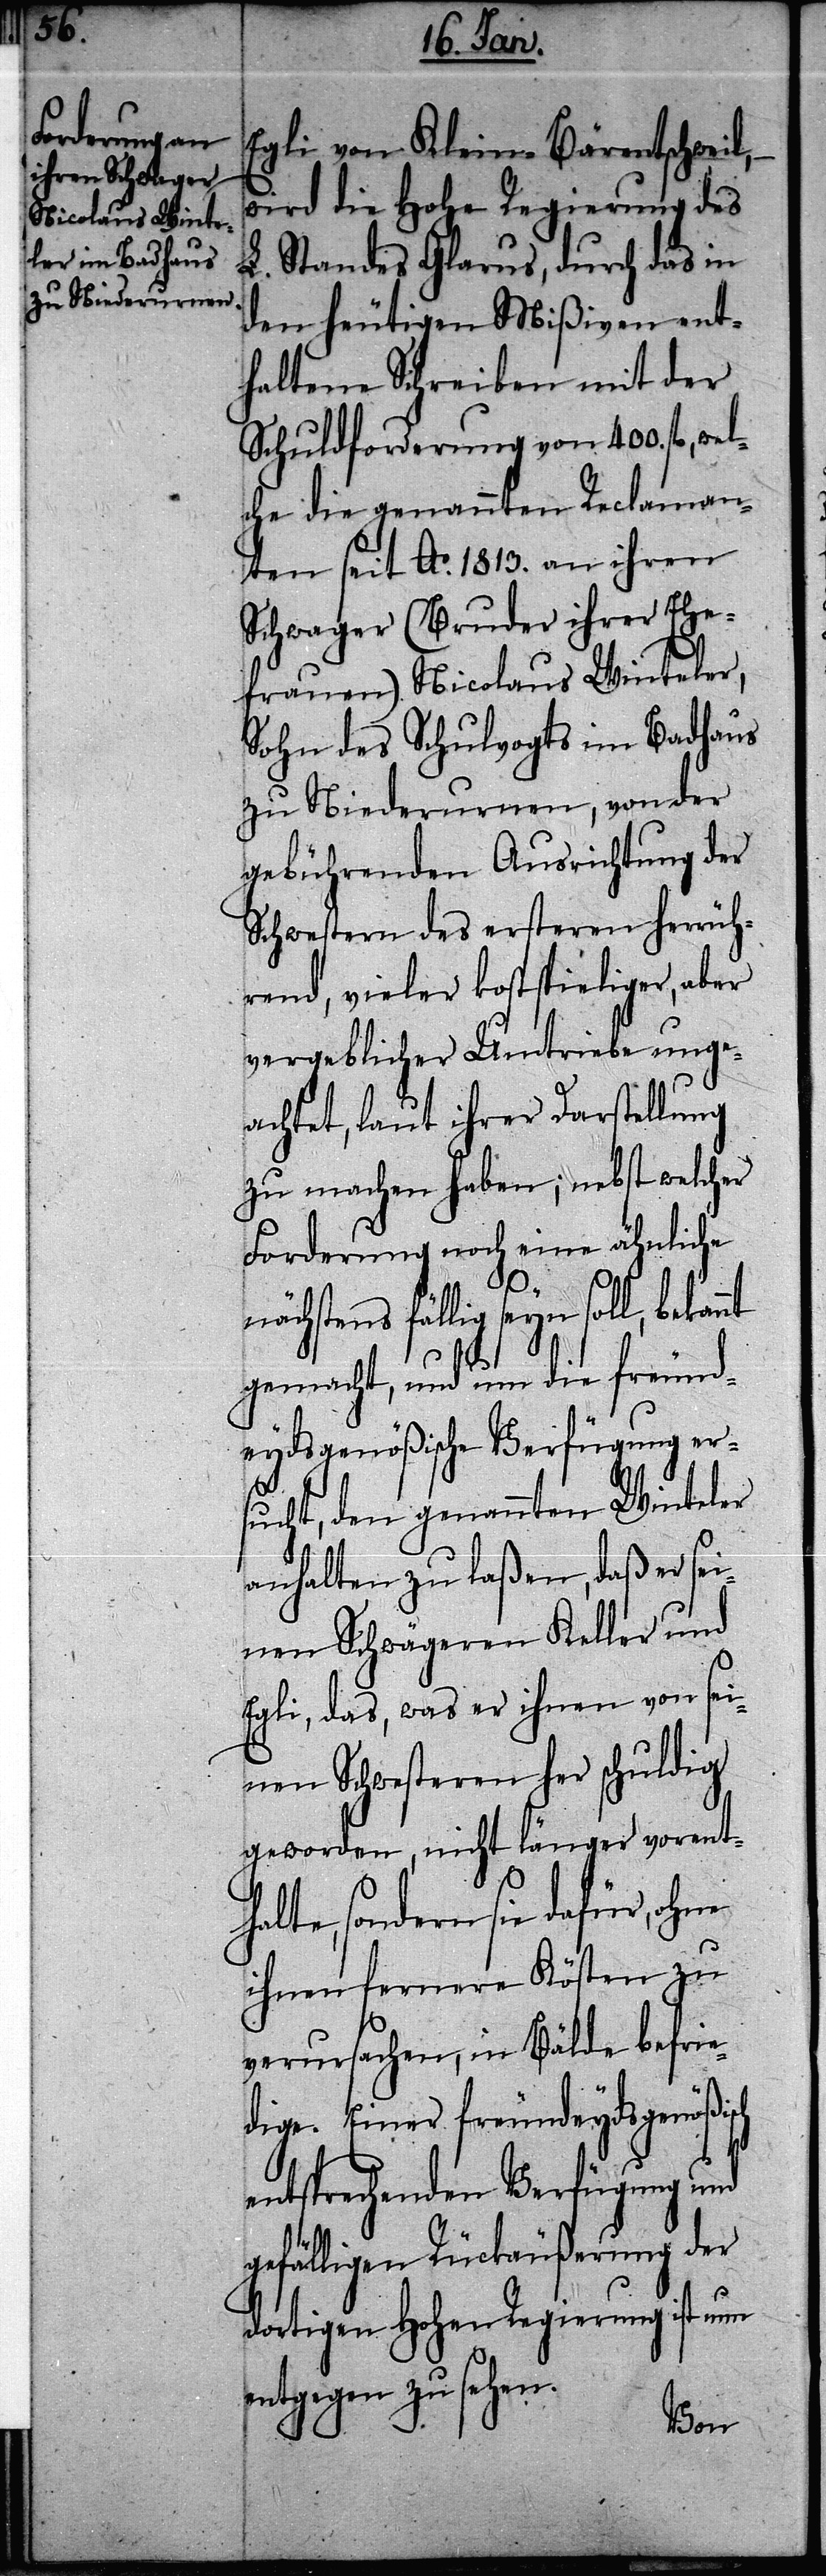
Egli von Klein-Bärentschweil,
wird die Hohe Regierung des
Standes Glarus, durch das in
den heutigen Mißiven ent¬
haltene Schreiben mit der
Schuldforderung von 400. fl.,
che die genannten Reclaman¬
ten seit Ao. 1813. an ihren
Schwager (Bruder ihrer Ehe¬
frauen) Nicolaus Winteler,
Sohn des Schulvogts im Badhaus
zu Niederurnen, von der
gebührenden Ausrichtung der
Schwestern des ersteren herrüh¬
rend, vieler kostspieliger, aber
vergeblicher Umtriebe unge¬
achtet, laut ihrer Darstellung
zu machen haben; nebst welcher
Forderung noch eine ähnliche
nächstens fällig seyn soll, bekan¬
gemacht, und um die freund¬
eydsgenößische Verfügung ers¬
ucht, den genannten Winteler
anhalten zu laßen, daß er sei¬
nen Schwägeren Keller und
Egli, das, was er ihnen von sei¬
nen Schwestern her schuldig
geworden, nicht länger vorentha¬
lte, sondern sie dafür, ohne
ihnen fernere Kösten zu
verursachen, in Bälde befrie¬
dige. Einer freundeydsgenößisch
entsprechenden Verfügung und
gefälligen Rückäußerung der
dortigen Hohen Regierung ist nun
entgegen zu sehen.
nt